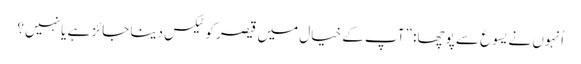
‏ اُنہوں نے یسوع سے پوچھا:‏ ”‏آپ کے خیال میں قیصر کو ٹیکس دینا جائز ہے یا نہیں؟